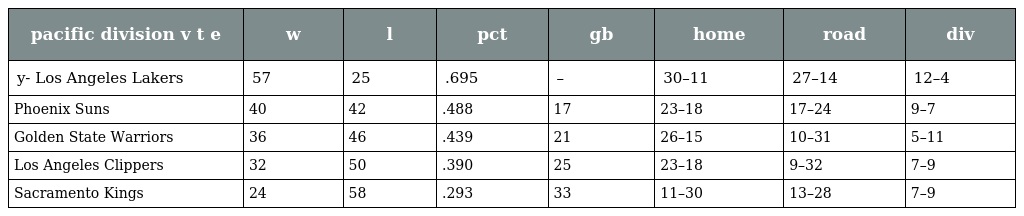
| pacific division v t e | w | l | pct | gb | home | road | div |
 | --- | --- | --- | --- | --- | --- | --- | --- |
 | y- Los Angeles Lakers | 57 | 25 | .695 | – | 30–11 | 27–14 | 12–4 |
 | Phoenix Suns | 40 | 42 | .488 | 17 | 23–18 | 17–24 | 9–7 |
 | Golden State Warriors | 36 | 46 | .439 | 21 | 26–15 | 10–31 | 5–11 |
 | Los Angeles Clippers | 32 | 50 | .390 | 25 | 23–18 | 9–32 | 7–9 |
 | Sacramento Kings | 24 | 58 | .293 | 33 | 11–30 | 13–28 | 7–9 |